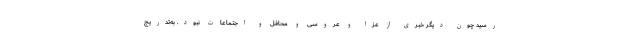
رسید چون دیگر خبری از عزا و عروسی و محافل و اجتماعات نبود. به‌تدریج